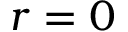
r = 0